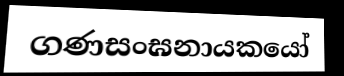
ගණසංඝනායකයෝ